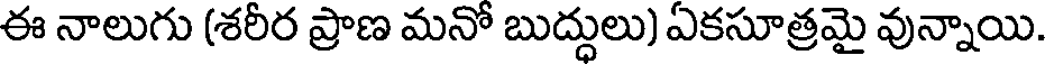
ఈ నాలుగు (శరీర ప్రాణ మనో బుద్ధులు) ఏకసూత్రమై వున్నాయి.